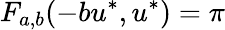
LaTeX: F_{a,b}(-bu^{*},u^{*})=\pi